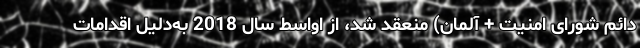
دائم شورای امنیت + آلمان) منعقد شد، از اواسط سال 2018 به‌دلیل اقدامات